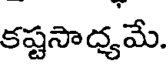
కష్టసాద్యమే.